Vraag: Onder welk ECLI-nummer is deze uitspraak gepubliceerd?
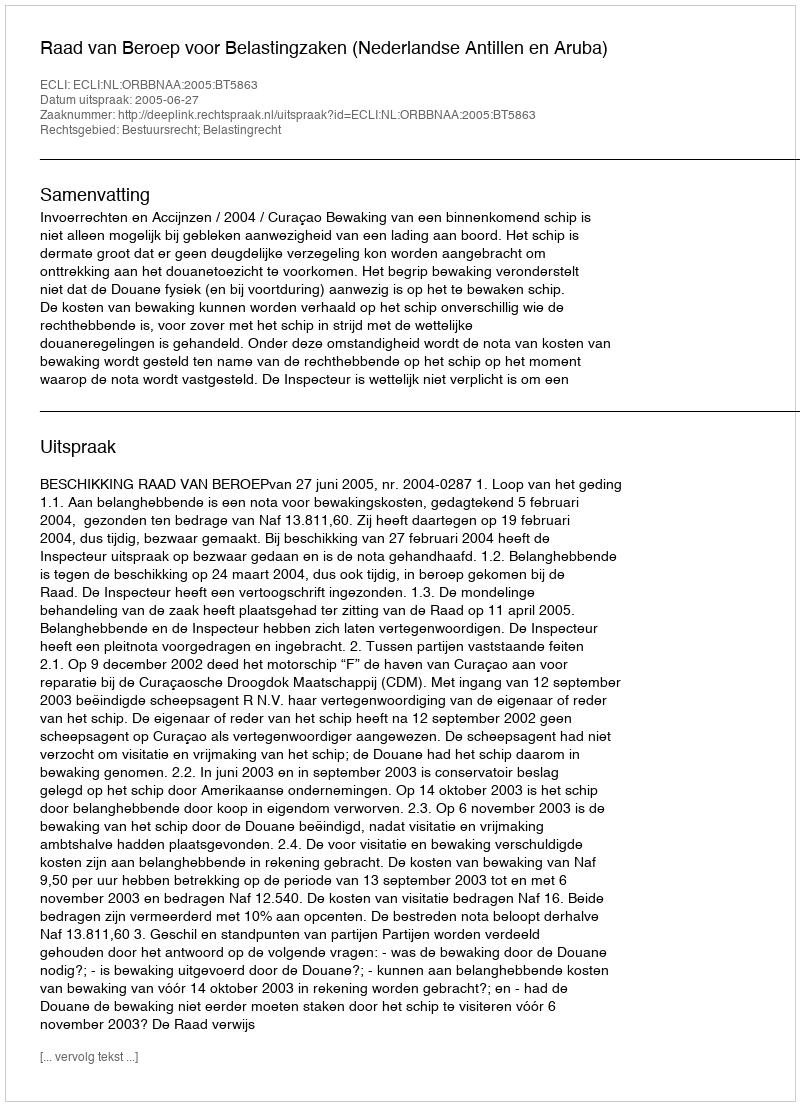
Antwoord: ECLI:NL:ORBBNAA:2005:BT5863